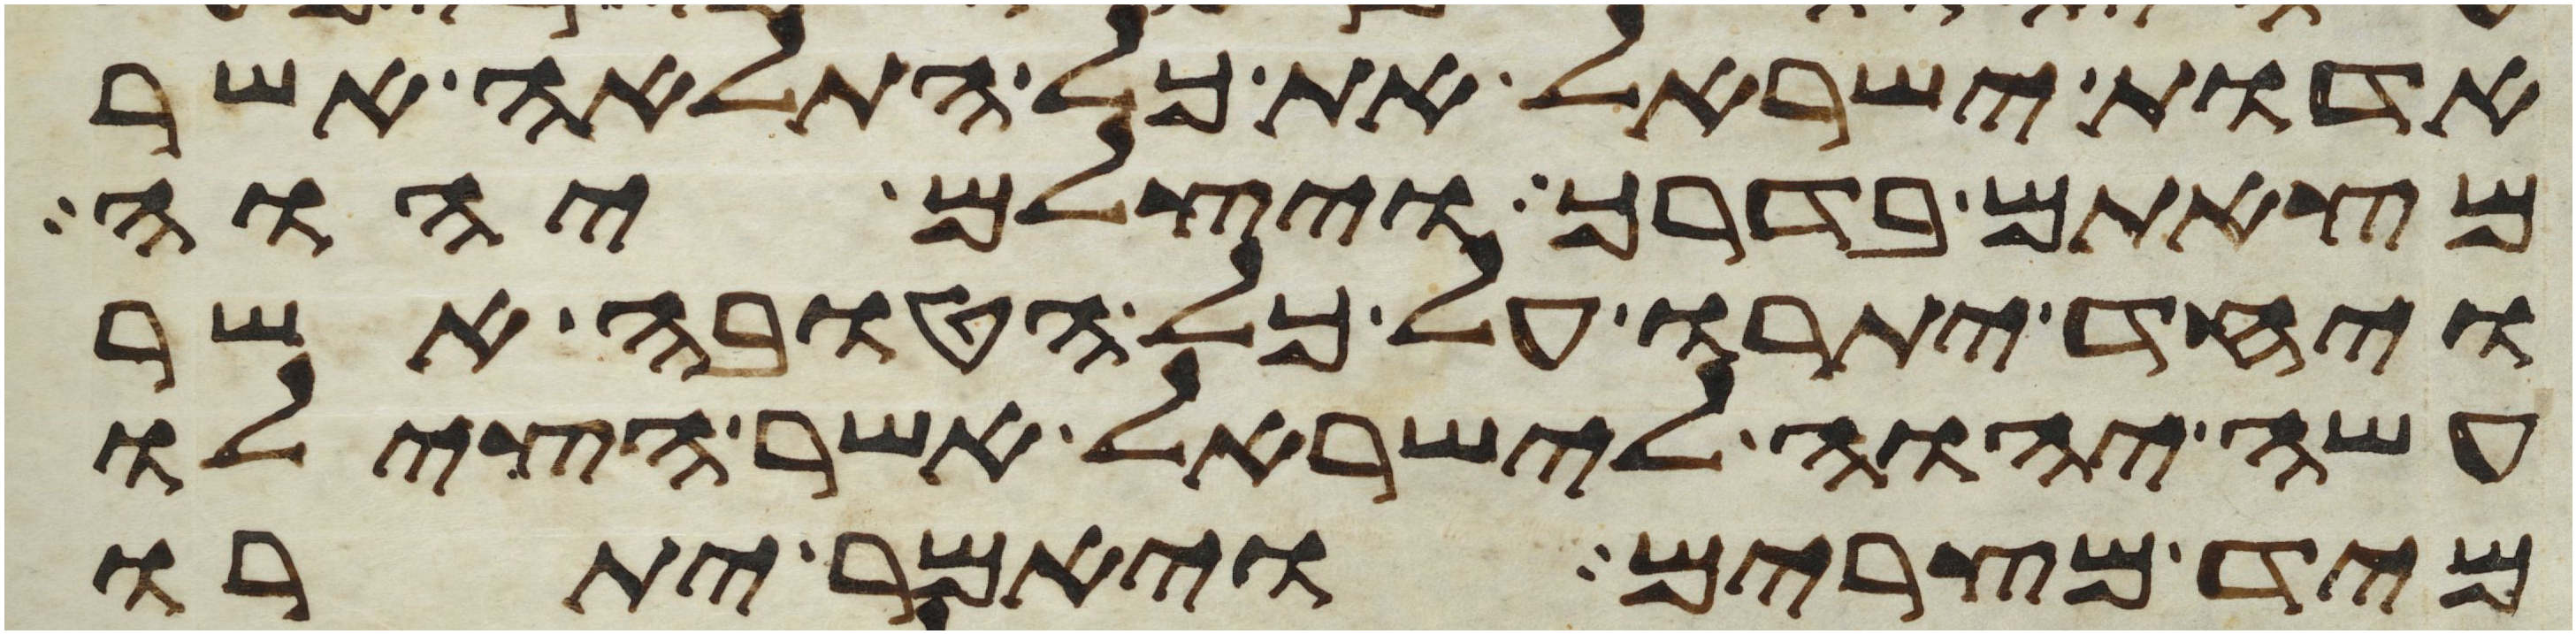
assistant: אדות ישראל את כל התלאה אשר
מצאתם בדרך ויצלם יהוה
ויחד יתרו על כל הטובה אשר
עשה יהוה לישראל אשר הצילו
מיד מצרים ויאמר יתרו